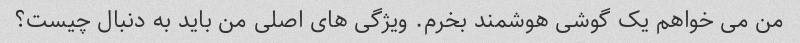
من می خواهم یک گوشی هوشمند بخرم. ویژگی های اصلی من باید به دنبال چیست؟